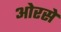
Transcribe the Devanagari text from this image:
ओरसे